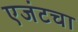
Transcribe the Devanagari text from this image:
एजंटचा